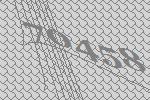
70458